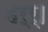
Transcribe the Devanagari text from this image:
हर्र्।